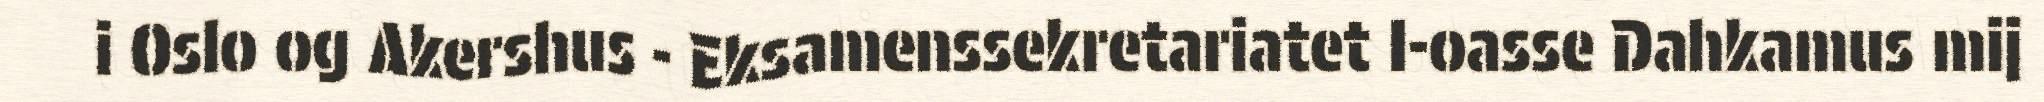
i Oslo og Akershus - Eksamenssekretariatet I-oasse Dahkamus mij